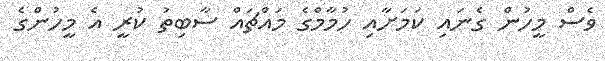
ވެސް މީހުން ގެނައި ކަމަށާއި ހުމާމްގެ މައްޗައް ސާބިތު ކުރީ އެ މީހުންގެ